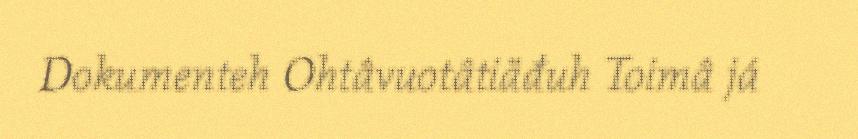
Dokumenteh Ohtâvuotâtiäđuh Toimâ já